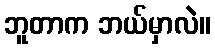
ဘူတာက ဘယ်မှာလဲ။